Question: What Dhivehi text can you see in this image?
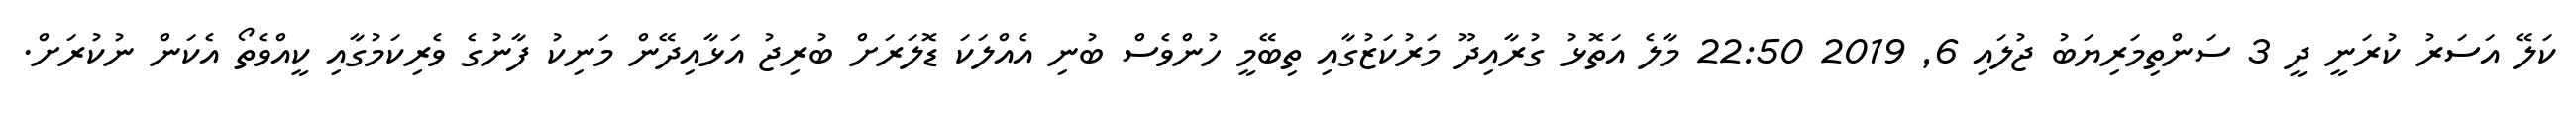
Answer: ކަލޭ އަސަރު ކުރަނީ ދީ 3 ސަންތިމަރިޔަބު ޖުލައި 6, 2019 22:50 މާލެ އަތޮޅު ގުރާއިދޫ މަރުކަޒުގާއި ތިބޭމީ ހުންވެސް ބުނި އެއްލަކަ ޑޮލަރަށް ބުރިޖު އަޅާއިދޭން މަނިކު ފާނުގެ ވެރިކަމުގާއި ކީއްވެތޯ އެކަން ނުކުރަށް.